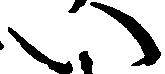
い